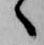
へ